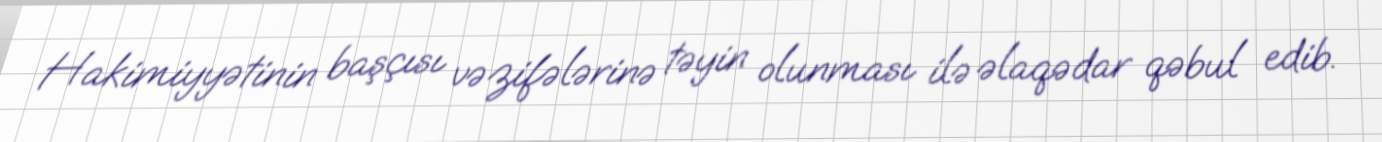
Hakimiyyətinin başçısı vəzifələrinə təyin olunması ilə əlaqədar qəbul edib.